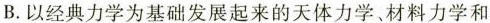
B.以经典力学为基础发展起来的天体力学、材料力学和